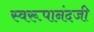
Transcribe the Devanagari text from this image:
स्वरूपानंदजी